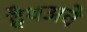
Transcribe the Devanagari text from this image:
हैथअवे